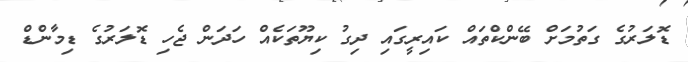
ޑޮލަރުގެ ގަތުމަށް ބޭންކްތައް ކައިރީގައި ދިގު ކިޔޫތަކެއް ހަދަން ޖެހި ޑޮލަރުގެ ޑިމާންޑް